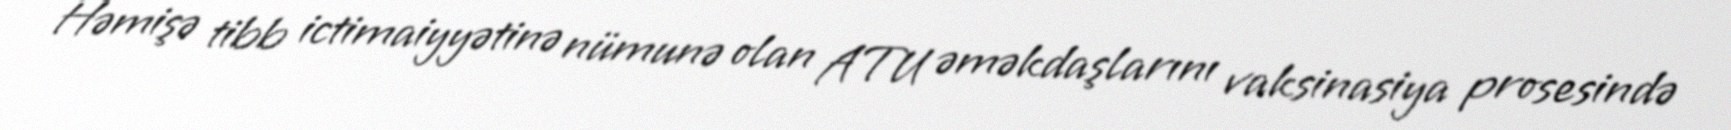
Həmişə tibb ictimaiyyətinə nümunə olan ATU əməkdaşlarını vaksinasiya prosesində